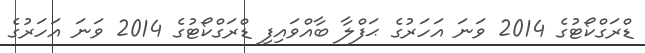
ޑްރަގްކޯޓުގެ 2014 ވަނަ އަހަރުގެ ޙަފްލާ ބާއްވައިފި ޑްރަގްކޯޓުގެ 2014 ވަނަ އަހަރުގެ